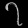
Digit: ၇